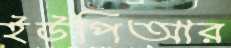
ইউপিআর